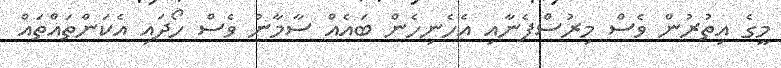
މީގެ އިތުރުން ވެސް މިރުސްފެނާއި އެހެނިހެން ބައެއް ސާމާނު ވެސް ހޯދައި އެކަންތައްތައް